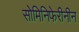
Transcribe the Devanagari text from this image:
सोमिनिफेरीनीन